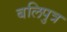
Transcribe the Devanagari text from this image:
बलिपुत्र